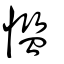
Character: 懢